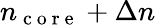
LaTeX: n_{\mathrm{~c~o~r~e~}}+\Delta n